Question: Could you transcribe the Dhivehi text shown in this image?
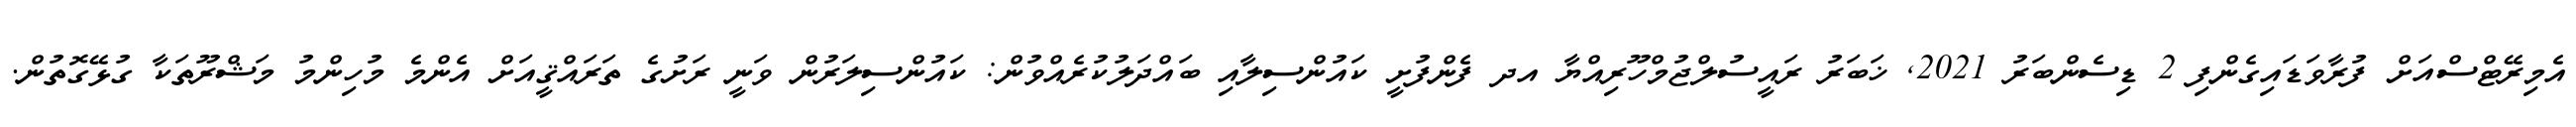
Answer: އެމިރޭޓްސްއަށް ފުރާވަޑައިގެންފި 2 ޑިސެންބަރު 2021, ޚަބަރު ރައީސުލްޖުމްހޫރިއްޔާ އދ ފެންފުށީ ކައުންސިލާއި ބައްދަލުކުރެއްވުން: ކައުންސިލަރުން ވަނީ ރަށުގެ ތަރައްޤީއަށް އެންމެ މުހިންމު މަޝްރޫތަކާ ގުޅޭގޮތުން.